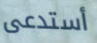
أستدعى